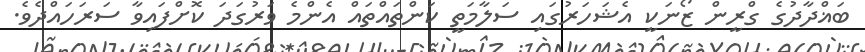
ބަޣްދާދުގެ ގްރީން ޒޯނަކީ އެޝަހަރުގައި ސަލާމަތީ ކަންތައްތައް އެންމެ ވަރުގަދަ ކޮށްފައިވާ ސަރަހައްދެވެ.